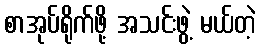
စာအုပ်ရိုက်ဖို့ အသင်းဖွဲ့ မယ်တဲ့